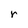
Character: r